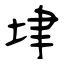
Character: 垏